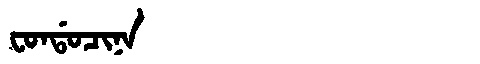
Manchu: ᠸᠣᠨᡩᠣᠴᡳᠨᠠ
Romanization: FONDOCINA